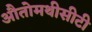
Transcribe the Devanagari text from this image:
औतोमथीसीटी